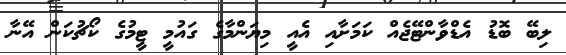
ލިބޭ ބޮޑު އެޑްވާންޓޭޖެއް ކަމަށާއި އެއީ މިޔަންމާގެ ގައުމީ ޓީމުގެ ކޯޗުކަން އޭނާ